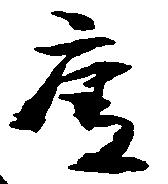
庚